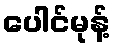
ပေါင်မုန့်